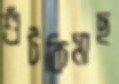
শুঁটকিমাছ